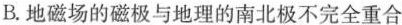
B. 地磁场的磁极与地理的南北极不完全重合